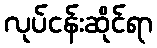
လုပ်ငန်းဆိုင်ရာ